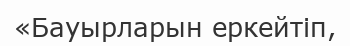
«Бауырларын еркейтіп,